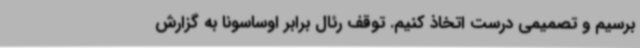
برسیم و تصمیمی درست اتخاذ کنیم. توقف رئال برابر اوساسونا به گزارش